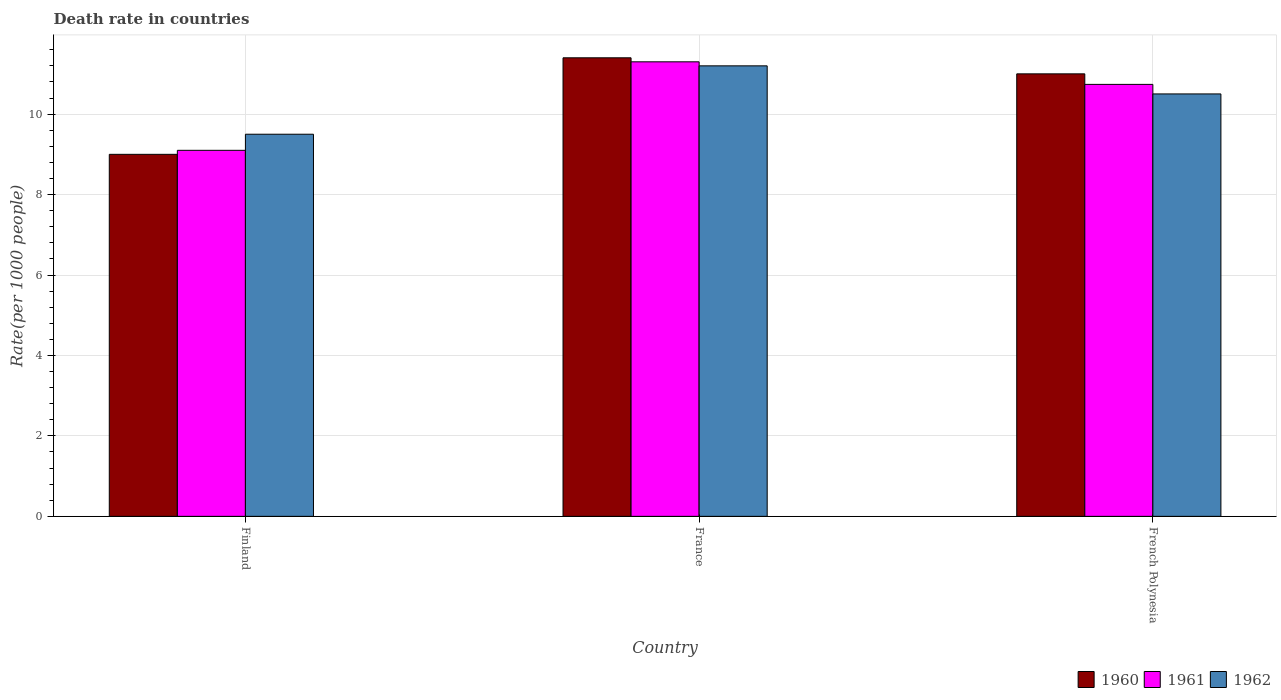
| Country | 1960 | 1961 | 1962 |
 | --- | --- | --- | --- |
 | Finland | 9 | 9.1 | 9.5 |
 | France | 11.4 | 11.3 | 11.2 |
 | French Polynesia | 11 | 10.7 | 10.5 |